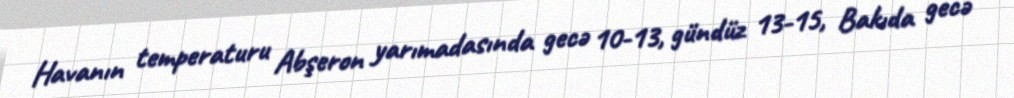
Havanın temperaturu Abşeron yarımadasında gecə 10-13, gündüz 13-15, Bakıda gecə